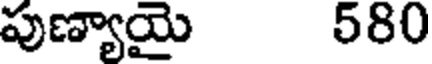
పుణ్యాయై 580